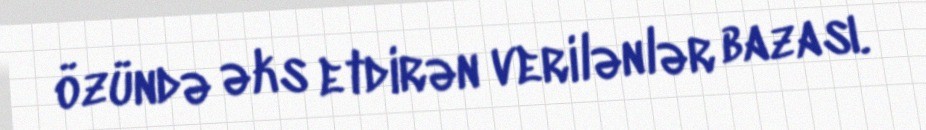
özündə əks etdirən verilənlər bazası.